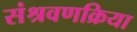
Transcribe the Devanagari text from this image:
संश्रवणक्रिया